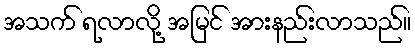
အသက် ရလာလို့ အမြင် အားနည်းလာသည်။